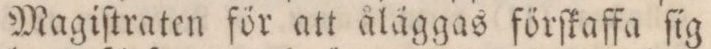
Magiſtraten för att åläggas förſkaffa ſig